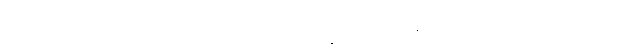
ဥဒကံ၊ ရေကို။ ဒဒေယျ၊ ပေးရာ၏။ ဘိက္ခဝေ၊ ရဟန်းတို့။ ဧဝဉှိ၊ ဤသို့လျှင်။